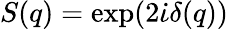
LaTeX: S(q)=\exp(2\dot{\iota}\delta(q))